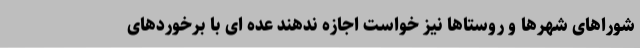
شوراهای شهرها و روستاها نیز خواست اجازه ندهند عده ای با برخوردهای